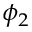
\phi _ { 2 }